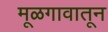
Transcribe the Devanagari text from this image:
मूळगावातून